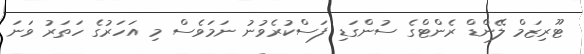
ޓޫރިޒަމް ލޭންޑް ރެންޓްގެ ސުންގަޑި ފަސްކުރެވުނު ނަމަވެސް މި އަހަރުގެ ހަތަރު ވަނަ